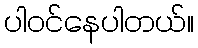
ပါဝင်နေပါတယ်။